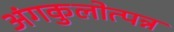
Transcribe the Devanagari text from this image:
अंगकुलोत्पन्न